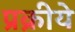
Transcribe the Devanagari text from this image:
प्रक्रीये